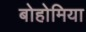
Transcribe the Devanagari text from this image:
बोहोमिया